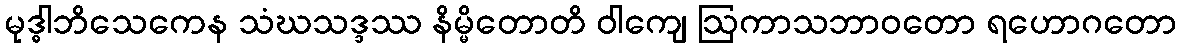
မုဒ္ဓါဘိသေကေန သံဃသဒ္ဒဿ နိမ္မိတောတိ ဝါကျေ ဩကာသဘာဝတော ရဟောဂတော